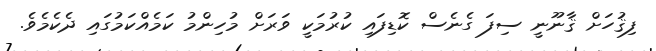
ފިޤުހަށް ޤާނޫނީ ސިފަ ގެނެސް ކޮޑިފައި ކުރުމަކީ ވަރަށް މުހިންމު ކަމެއްކަމުގައި ދެކެމެވެ.